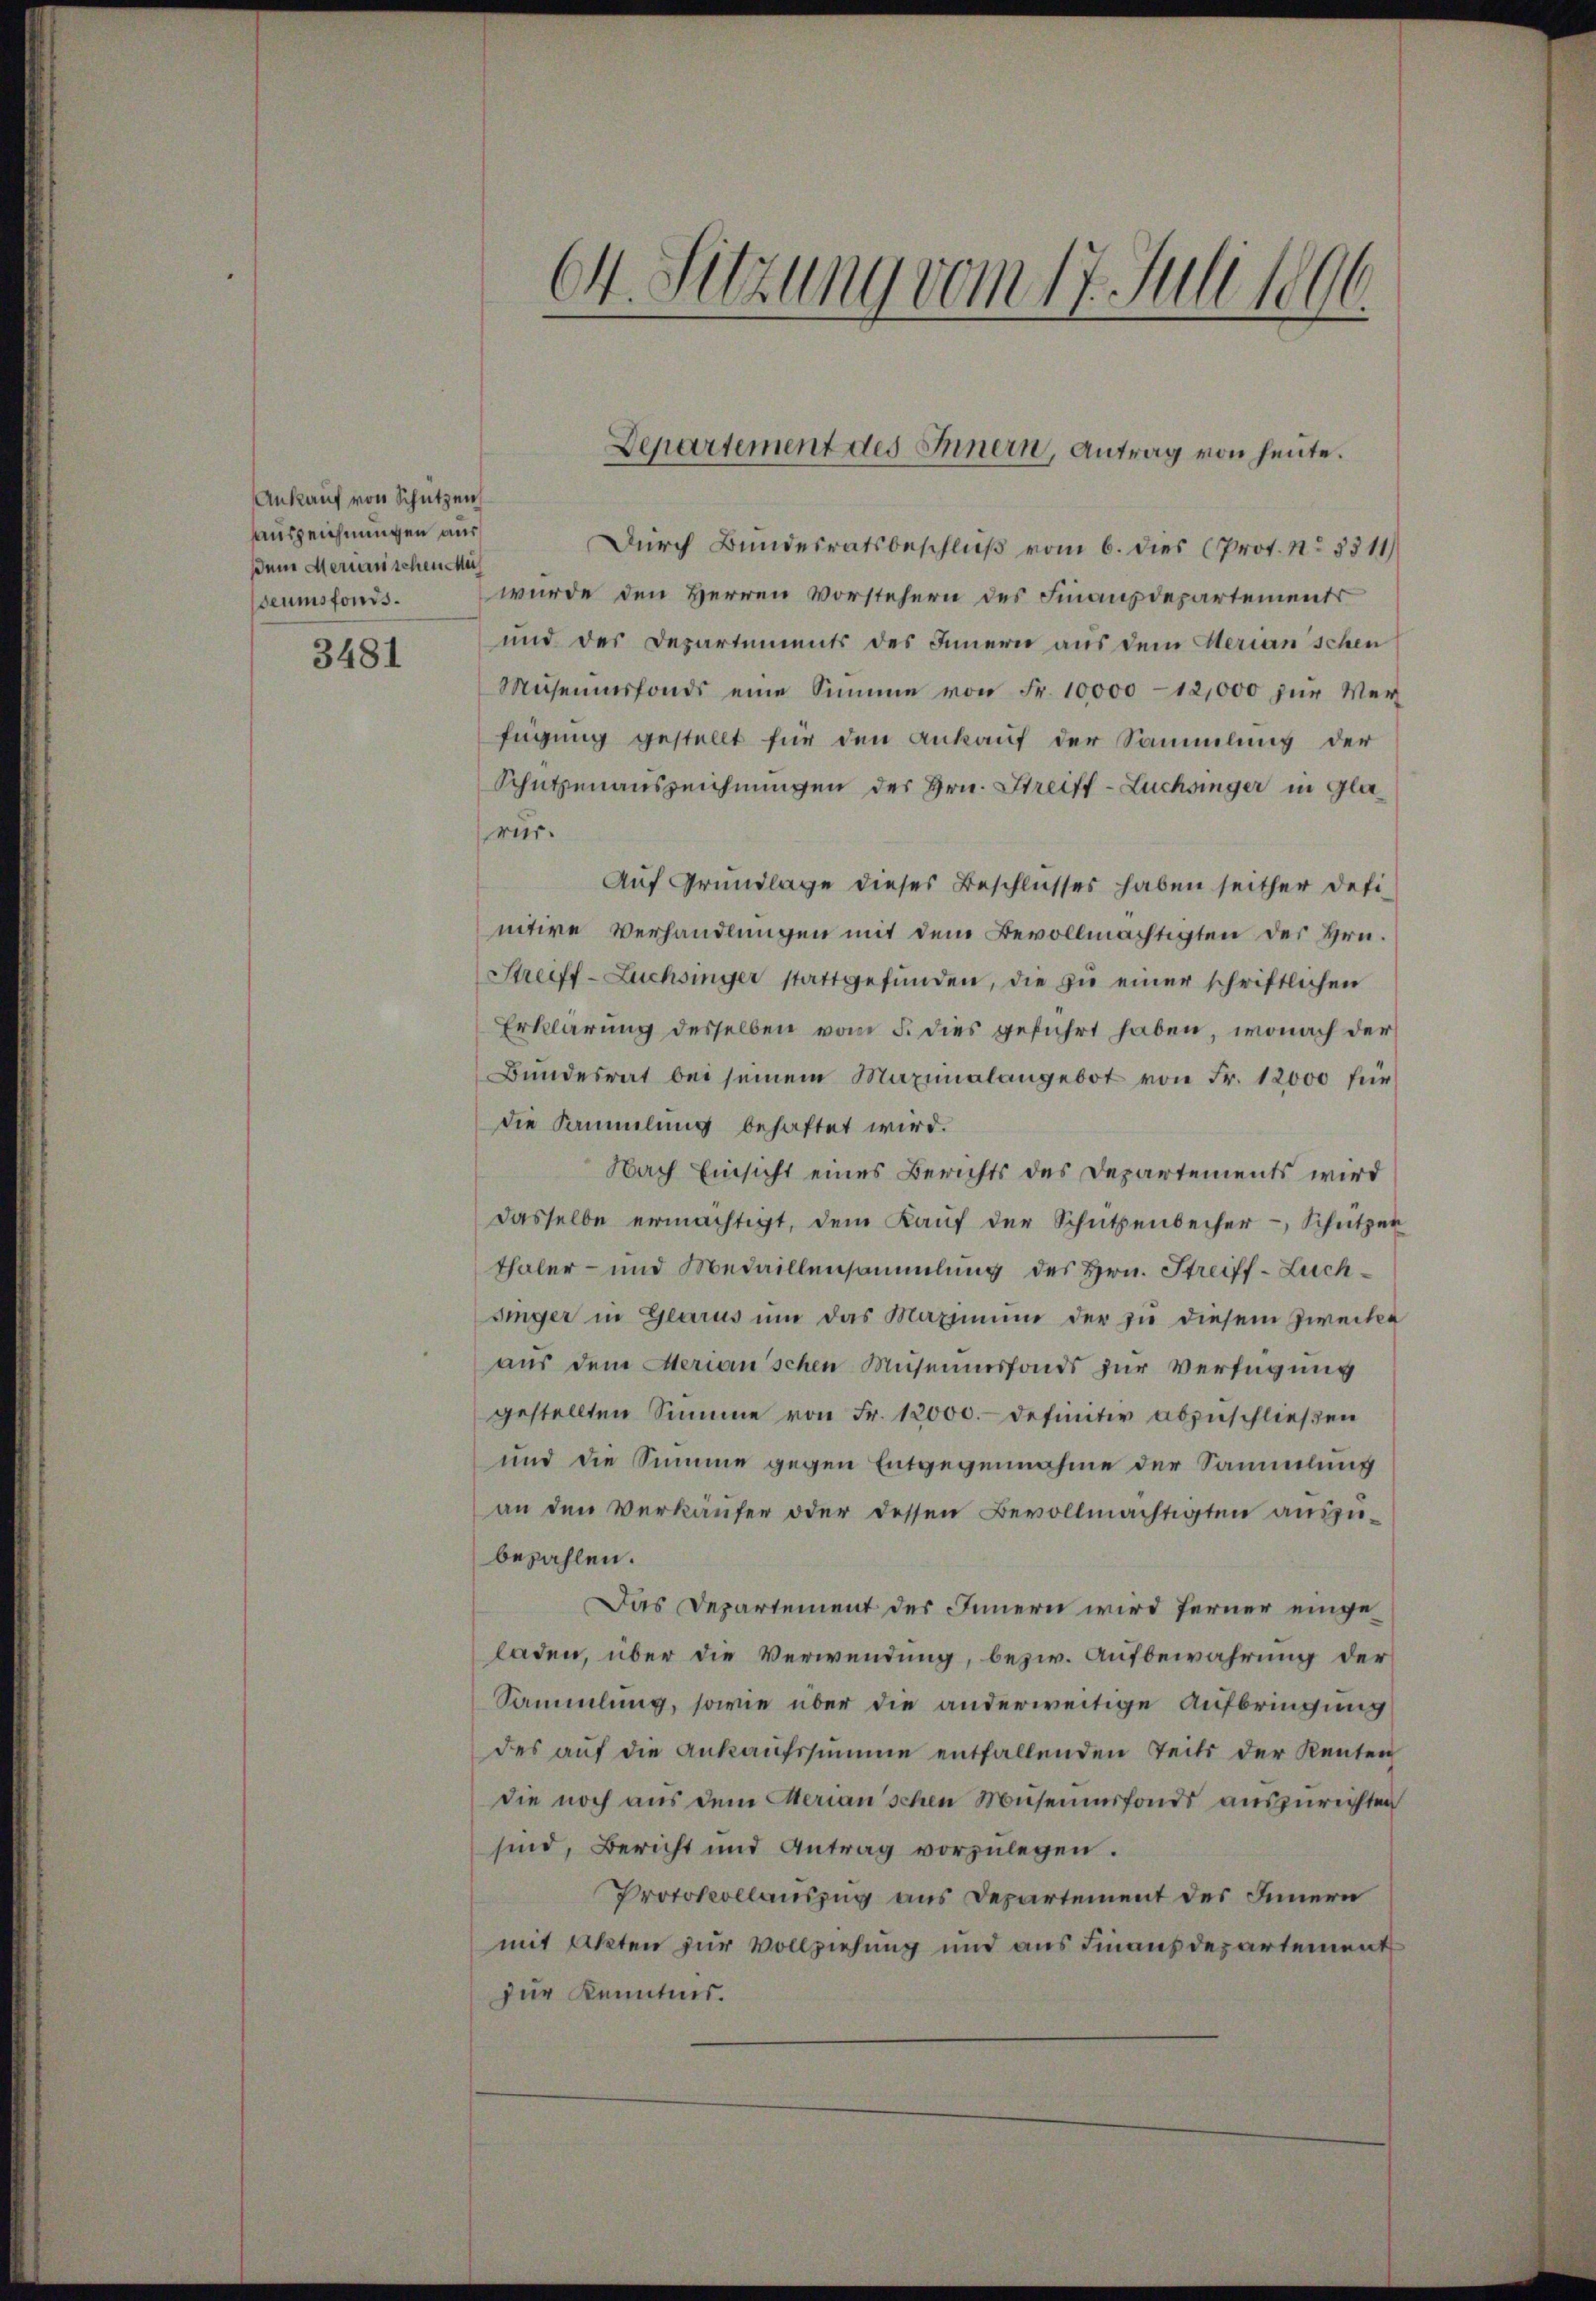
Ankauf von Schützen,
auszeichnungen aus
dem Merianischen u
seumsfonds.

3481

Dŭrch Bundesratsbeschluß vom 6. dies (Prot. No 3311)
wurde den Herren Vorstehern des Finanzdepartements
und des Departements des Innern aus dem Herian schen
Museumsfonds eine Summe von Fr. 10,000 - 12,000 zur Verfügung gestellt für den Ankauf der Sammlung der
Schützenauszeichnungen des Hrn. Streiff-Luchsinger in Glarür.
Auf Grundlage dieses Beschlusses haben seither definitive Verhandlungen mit dem Bevollmächtigten des Hrn.
Streiff-Züchsinger stattgefŭnden, die zu einer schriftlichen
Erklärung desselben vom 5. dies geführt haben, wonach der
Bundesrat bei seinem Maximalangebot von Fr. 12000 für
die Sammlung behaftet wird.
Nach Einsicht eines Berichts des Departements wird
dasselbe ermächtigt, dem Kauf der Schützenbecher - Schützer
thaler- und Medaillensammlung des Hrn. Streiff-Luchsinger in Glarus ŭm das Maximum der zu diesem Zwecke
aus dem Merian'schen Museumsfonds zur Verfügung
gestellten Summe von Fr. 12000.- definitiv abzuschließen
und die Summe gegen Entgegennahme der Sammlung
an den Verkäufer oder dessen Bevollmächtigten auszubezahlen.
Das Departement des Innern wird ferner eingeladen, über die Verwendung, bezw. Aufbewahrung der
Sammlung, sowie über die anderweitige Aufbringung
des auf die Ankaufssumme entfallenden Teils der Kenten
die noch aus dem Merian'schen Museumsfonds auszurichten
sind, Bericht und Antrag vorzŭlegen.
Protokollauszug aus Departement des Innern
mit Akten zur Vollziehung und aus Finanzdepartement
zur Kenntnis.

64. Sitzung vom 17. Juli 1896

Departement des Innern, Antrag von heute.